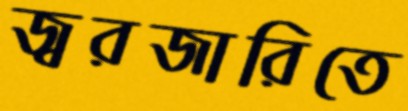
জ্বরজারিতে